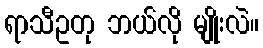
ရာသီဥတု ဘယ်လို မျိုးလဲ။